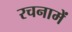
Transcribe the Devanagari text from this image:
रचनामें